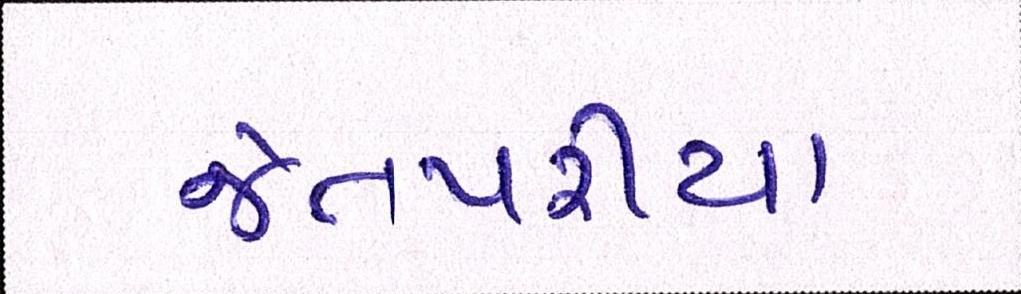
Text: જેતપરીયા